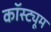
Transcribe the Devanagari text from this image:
कॉस्‍ट्यूम